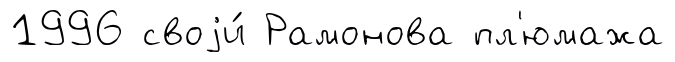
1996 своjи́ Рамонова пл'юмажа